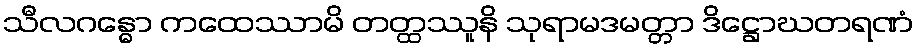
သီလဂန္ဓော ကထေဿာမိ တတ္ထဿူနိ သုရာမဒမတ္တာ ဒိဋ္ဌောဃတရဏံ